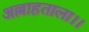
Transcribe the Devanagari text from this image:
अल्लाहताला।।